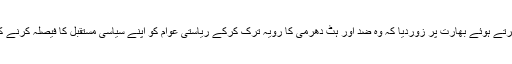
انہوںنے سرینگر میں اپنی پارٹی کے ایگزیکٹو اجلاس سے خطاب کرتے ہوئے بھارت پر زوردیا کہ وہ ضد اور ہٹ دھرمی کا رویہ ترک کرکے ریاستی عوام کو اپنے سیاسی مستقبل کا فیصلہ کرنے کا موقع فراہم کرے جس کا اس نے کشمیریوں سے وعدہ کررکھا ہے۔